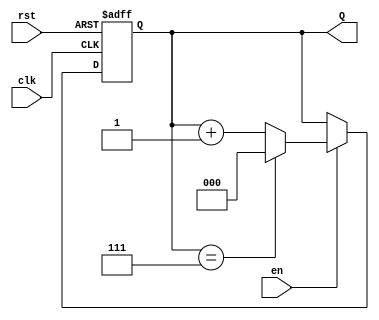
module binary_up_counter (
    input wire clk,        // Clock signal
    input wire rst,        // Asynchronous reset signal
    input wire en,         // Enable signal
    output reg [2:0] Q     // 3-bit output for the count value
);

    // Maximum value for a 3-bit counter is 7 (binary 111)
    parameter MAX_COUNT = 3'b111;

    // Always block for counter operation
    always @(posedge clk or posedge rst) begin
        if (rst) begin
            // Asynchronous reset
            Q <= 3'b000;  // Set count to 0
        end else if (en) begin
            // Count operation when enabled
            if (Q == MAX_COUNT) begin
                Q <= 3'b000;  // Wrap around to 0
            end else begin
                Q <= Q + 1;    // Increment the count
            end
        end
    end

endmodule